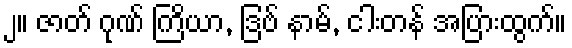
၂။ ဇာတ် ဂုဏ် ကြိယာ, ဒြဗ် နာမ်, ငါးတန် အပြားထွက်။